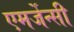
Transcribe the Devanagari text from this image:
एमर्जेन्सी